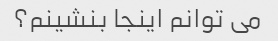
می توانم اینجا بنشینم؟